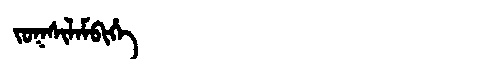
Manchu: ᠵᠣᡴᠰᡳᠯᠠᠮᠪᡳᡥᡝ
Romanization: JOKSILAMBIHE